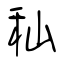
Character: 秈